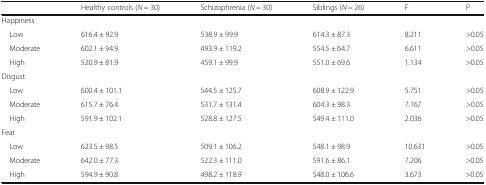
|  | Healthy controls (N = 30) | Schizophrenia (N = 30) | Siblings (N = 26) | F | P |
 | --- | --- | --- | --- | --- | --- |
 | <COLSPAN=6> Happiness |
 | Low | 616.4 ± 92.9 | 538.9 ± 99.9 | 614.3 ± 87.3 | 8.211 | >0.05 |
 | Moderate | 602.1 ± 94.9 | 493.9 ± 119.2 | 554.5 ± 64.7 | 6.611 | >0.05 |
 | High | 520.9 ± 81.9 | 459.1 ± 99.9 | 551.0 ± 69.6 | 1.134 | >0.05 |
 | <COLSPAN=6> Disgust |
 | Low | 600.4 ± 101.1 | 544.5 ± 125.7 | 608.9 ± 122.9 | 5.751 | >0.05 |
 | Moderate | 615.7 ± 76.4 | 531.7 ± 131.4 | 604.3 ± 98.3 | 7.167 | >0.05 |
 | High | 591.9 ± 102.1 | 528.8 ± 127.5 | 549.4 ± 111.0 | 2.036 | >0.05 |
 | <COLSPAN=6> Fear |
 | Low | 623.5 ± 98.5 | 509.1 ± 106.2 | 548.1 ± 98.9 | 10.631 | >0.05 |
 | Moderate | 642.0 ± 77.3 | 522.3 ± 111.0 | 591.6 ± 86.1 | 7.206 | >0.05 |
 | High | 594.9 ± 90.8 | 498.2 ± 118.9 | 548.0 ± 106.6 | 3.673 | >0.05 |